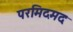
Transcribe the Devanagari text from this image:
परमिदमदः